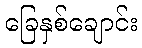
ခြေနှစ်ချောင်း